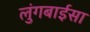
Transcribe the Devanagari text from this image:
लुंगबाईसा